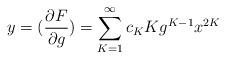
LaTeX: \begin{align*}y = ( \frac{\partial F}{\partial g}) = \sum_{K=1}^{\infty}c_K Kg^{K-1}x^{2K}\end{align*}